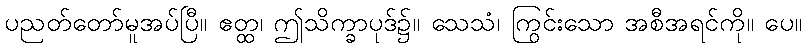
ပညတ်တော်မူအပ်ပြီ။ ဧတ္ထ၊ ဤသိက္ခာပုဒ်၌။ သေသံ၊ ကြွင်းသော အစီအရင်ကို။ ပေ။